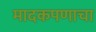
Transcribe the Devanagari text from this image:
मादकपणाचा